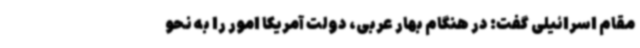
مقام اسرائیلی گفت: در هنگام بهار عربی، دولت آمریکا امور را به نحو